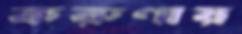
করুণায়